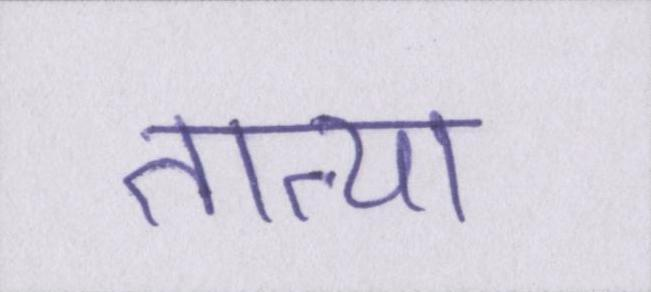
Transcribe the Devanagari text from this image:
तात्या